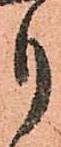
月